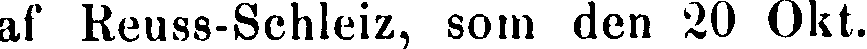
af Reuss-Schleiz, som den 20 Okt.